Annual report of the Civil Veterinary Department, Bengal, for the year 1897-98 - 1897-1898
Year: 1897
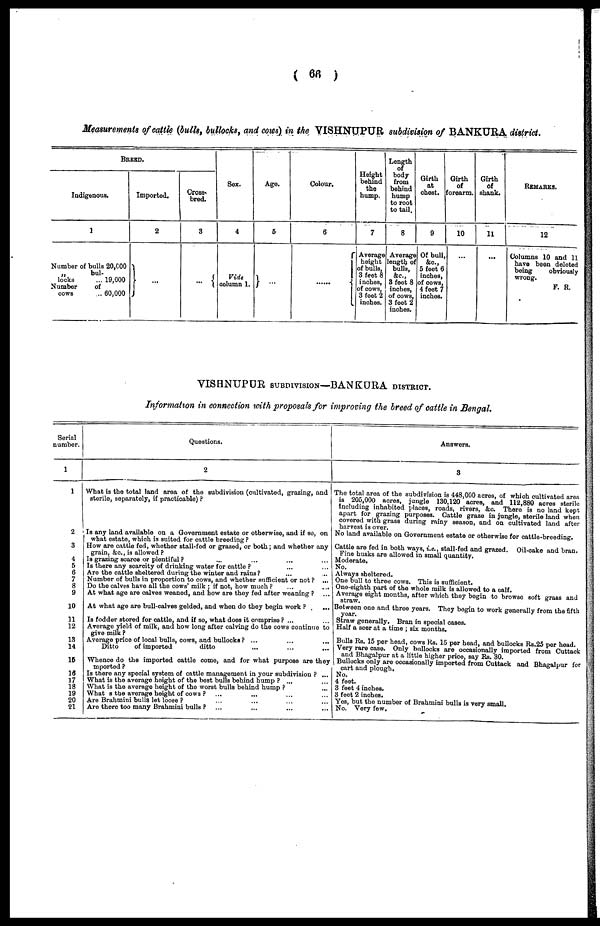
( 66 )
Measurements of cattle (bulls, bullocks, and cows) in the VISHNUPUR subdivision of BANKURA district.
BREED.
Indigenous.
1
Number of bulls 20,000
„
bul-
locks
... 19,000
Number
of
cows
... 60,000
Imported.
2
...
Cross-
bred.
3
...
Sex.
4
Vide
Column 1.
Age.
5
...
Colour.
6
i
....
Height
behind
the
hump.
7
Average
height
of bulls.
3 feet 8
inches,
of cows.
3 feet 2
inches.
Length
body
from
behind
hump
to root
to tail.
8
Average
length of
bulls,
3 feet 8
inches,
of cows,
3 feet 2
inches.
Girth
at
chest.
9
Of bull,
&c,
5 foot 6
inches,
of cows,
4 feet 7
inches.
Girth
of
forearm.
10
...
Girth
of
shank.
11
...
REMARKS.
12
Columns 10 and 11
have been deleted
being
obviously
wrong.
F. R.
VISHNUPUR SUBDIVISION—BANKURA DISTRICT.
Information in connection with proposals for improving the breed of cattle in Bengal.
Serial
number.
1
1
Questions.
2
What is the total land area of the subdivision (cultivated, grazing, and
8torilo, separately, if practicable) ?
Answers.
3
The total area of the subdivision is 448,000 acres, of which cultivated area
is 205,000 acres, jungle 130,120 acres, and 112,880 acres sterile
Including inhabited places, roads, rivers, &c. There is no land kept
apart for grazing purposes. Cattle graze in jungle, sterile land when
covered with grass during rainy season, and on cultivated land after
harvest is over.
2
Is any land available on a Government estate or otherwise, and if so, on|
what estate, which is suited for cattle breeding ?
No land available on Government estate or otherwise for cattle-breeding.
3
4
5
6
7
8
9
10
11
12
13
14
16
16
17
13
19
20
21
How are cattle fed, whether stall-fed or grazed, or both; and whether any
grain, &c, is allowed ?
Is grazing scarce or plentiful ?
...
...
...
...
Is there any scarcity of drinking water for cattle ? ... ...
Are the cattle sheltered during the winter and rains? ... ...
Number of bulls in proportion to cows, and whether sufficient or not ? ...
Do the calves have all the cows' milk : if not, how much ? ... ...
At what age are calves weaned, and how are they fed after weaning ? ...
At what ago are bull-calves golded, and when do they begin work ? ...
Is foddor stored for cattle, and if so, what does it comprise ? ... ...
Average yield of milk, and how long after calving do the cows continue to
give milk ?
Average price of local bulls, cows, and bullocks ? ... ... ...
Ditto
of imported
ditto ... ... ...
Whence do the imported cattle come, and for what purpose are they
imported ?
Is there any special system of cattle management in your subdivision ? ...
What is the average height of the best bulls behind hump ? ... ...
What is the average height of the worst bulls behind hump ? ...
What s the average height of cows ? ... ... ... ...
Are Brahmini bulls let loose ? ... ... ... ...
Are there too many Brahmini bulls ? ... ... ... ...
Cattle are fed in both ways, i.e., stall-fed and grazed. Oil-cake and bran.
Fine husks are allowed in small quantity.
Moderate.
No.
Always sheltored.
One bull to three cows. This is sufficient.
One-eighth Part of the whole milk is allowed to a calf.
Average eight months, after which they begin to browse soft grass and
straw
Between one and three years. They begin to work generally from the fifth
year.
Straw generally. Bran in special cases.
Half a seer at a time ; six months.
Bulls Rs. 15 per head, cows Rs. 15 per head, and bullocks Rs.25 per head.
Very rare case. Only bullocks are occasionally imported from Cuttack
and Bhagalpur at a little higher price, say Rs. 30.
| Bullocks only are occasionally imported from Cuttack and Bhagalpur for
cart and plough.
No.
4 feet.
3 feet 4 inches.
3 foot 2 inches.
Yes, but the number of Brahmini bulls is very small.
No. Very few.